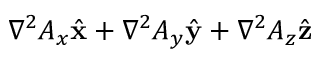
\nabla ^ { 2 } A _ { x } { \hat { \mathbf { x } } } + \nabla ^ { 2 } A _ { y } { \hat { \mathbf { y } } } + \nabla ^ { 2 } A _ { z } { \hat { \mathbf { z } } }